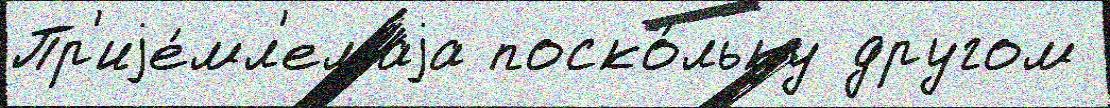
Пр'иjе́мл'емаjа поско́льку другом